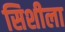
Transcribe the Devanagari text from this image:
सिशीला